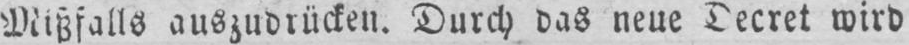
wird